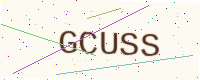
Text: GCUSS